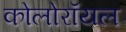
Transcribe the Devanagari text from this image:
कोलोरॉयल